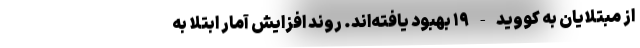
از مبتلایان به کووید-۱۹ بهبود یافته‌اند. روند افزایش آمار ابتلا به